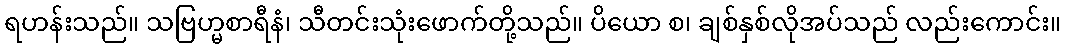
ရဟန်းသည်။ သဗြဟ္မစာရီနံ၊ သီတင်းသုံးဖောက်တို့သည်။ ပိယော စ၊ ချစ်နှစ်လိုအပ်သည် လည်းကောင်း။